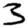
Digit: 3